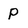
Character: p